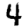
Digit: 4